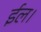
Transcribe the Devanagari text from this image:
ईल।